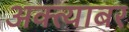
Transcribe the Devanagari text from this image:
अक्त्याबर